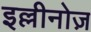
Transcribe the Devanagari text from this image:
इल्लीनोज़